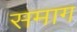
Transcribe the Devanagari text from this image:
समाग